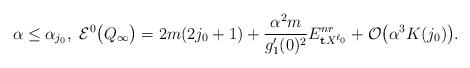
LaTeX: \begin{align*} \alpha\le \alpha_{j_0},\ \mathcal{E}^0_{}\big(Q_\infty\big)=2m(2j_0+1)+\frac{\alpha^2m}{g'_1(0)^2}E_{\mathbf{t}X^{\ell_0}}^{nr}+\mathcal{O}\big(\alpha^3 K(j_0)\big).\end{align*}